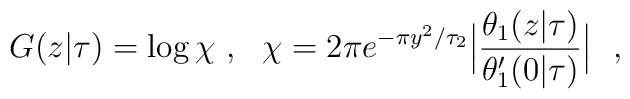
G(z\vert\tau) = \log\chi \ , \ \  \chi = 2\pi e^{-\pi y^2/\tau_2}\Bigl\vert{\theta_1(z\vert\tau)\over \theta_1^\prime(0\vert\tau)}\Bigr\vert\ \ ,